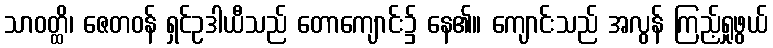
သာဝတ္ထိ၊ ဇေတဝန် ရှင်ဥဒါယီသည် တောကျောင်း၌ နေ၏။ ကျောင်းသည် အလွန် ကြည့်ရှုဖွယ်